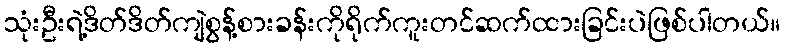
သုံးဦးရဲ့ဒိတ်ဒိတ်ကျဲစွန့်စားခန်းကိုရိုက်ကူးတင်ဆက်ထားခြင်းပဲဖြစ်ပါတယ်။